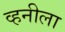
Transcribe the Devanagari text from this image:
व्हनीला